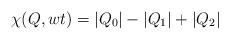
LaTeX: \begin{align*}\chi(Q,wt)=|Q_0|-|Q_1|+|Q_2|\end{align*}